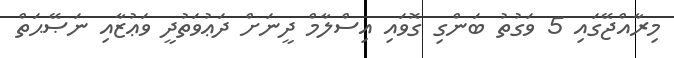
މިރާއްޖޭގައި 5 ވަގުތު ބަންގި ގޮވައި އިސްލާމް ދީނަށް ދަޢުވަތުދީ ވަޢުޒާއި ނަޞޭޙަތް